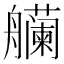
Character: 𫇡